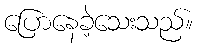
ပြောနေခဲ့သေးသည်။